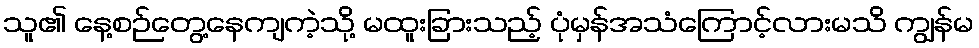
သူ၏ နေ့စဉ်တွေ့နေကျကဲ့သို့ မထူးခြားသည့် ပုံမှန်အသံကြောင့်လားမသိ ကျွန်မ